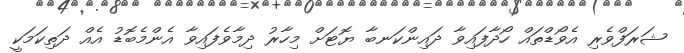
ޝަރަފްވެރި އެވޯޑްތައް ހޯދާފައިވާ ދައިންކަނބާ ޔޮޓަށް މިހާރު ދިމާވެފައިވާ އެންމެބޮޑު އެއް ދަތިކަމަކީ